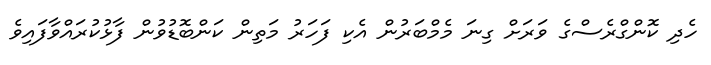
ހެދި ކޮންގްރެސްގެ ވަރަށް ގިނަ މެމްބަރުން އެކި ފަހަރު މަތިން ކަންބޮޑުވުން ފާޅުކުރައްވާފައިވެ